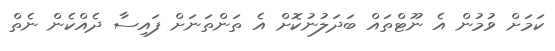
ކަމަށް ވުމުން އެ ނޫޓްތައް ބަދަލުނުކޮށް އެ ތަންތަނަށް ފައިސާ ދެއްކެން ނެތް